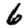
Digit: 6